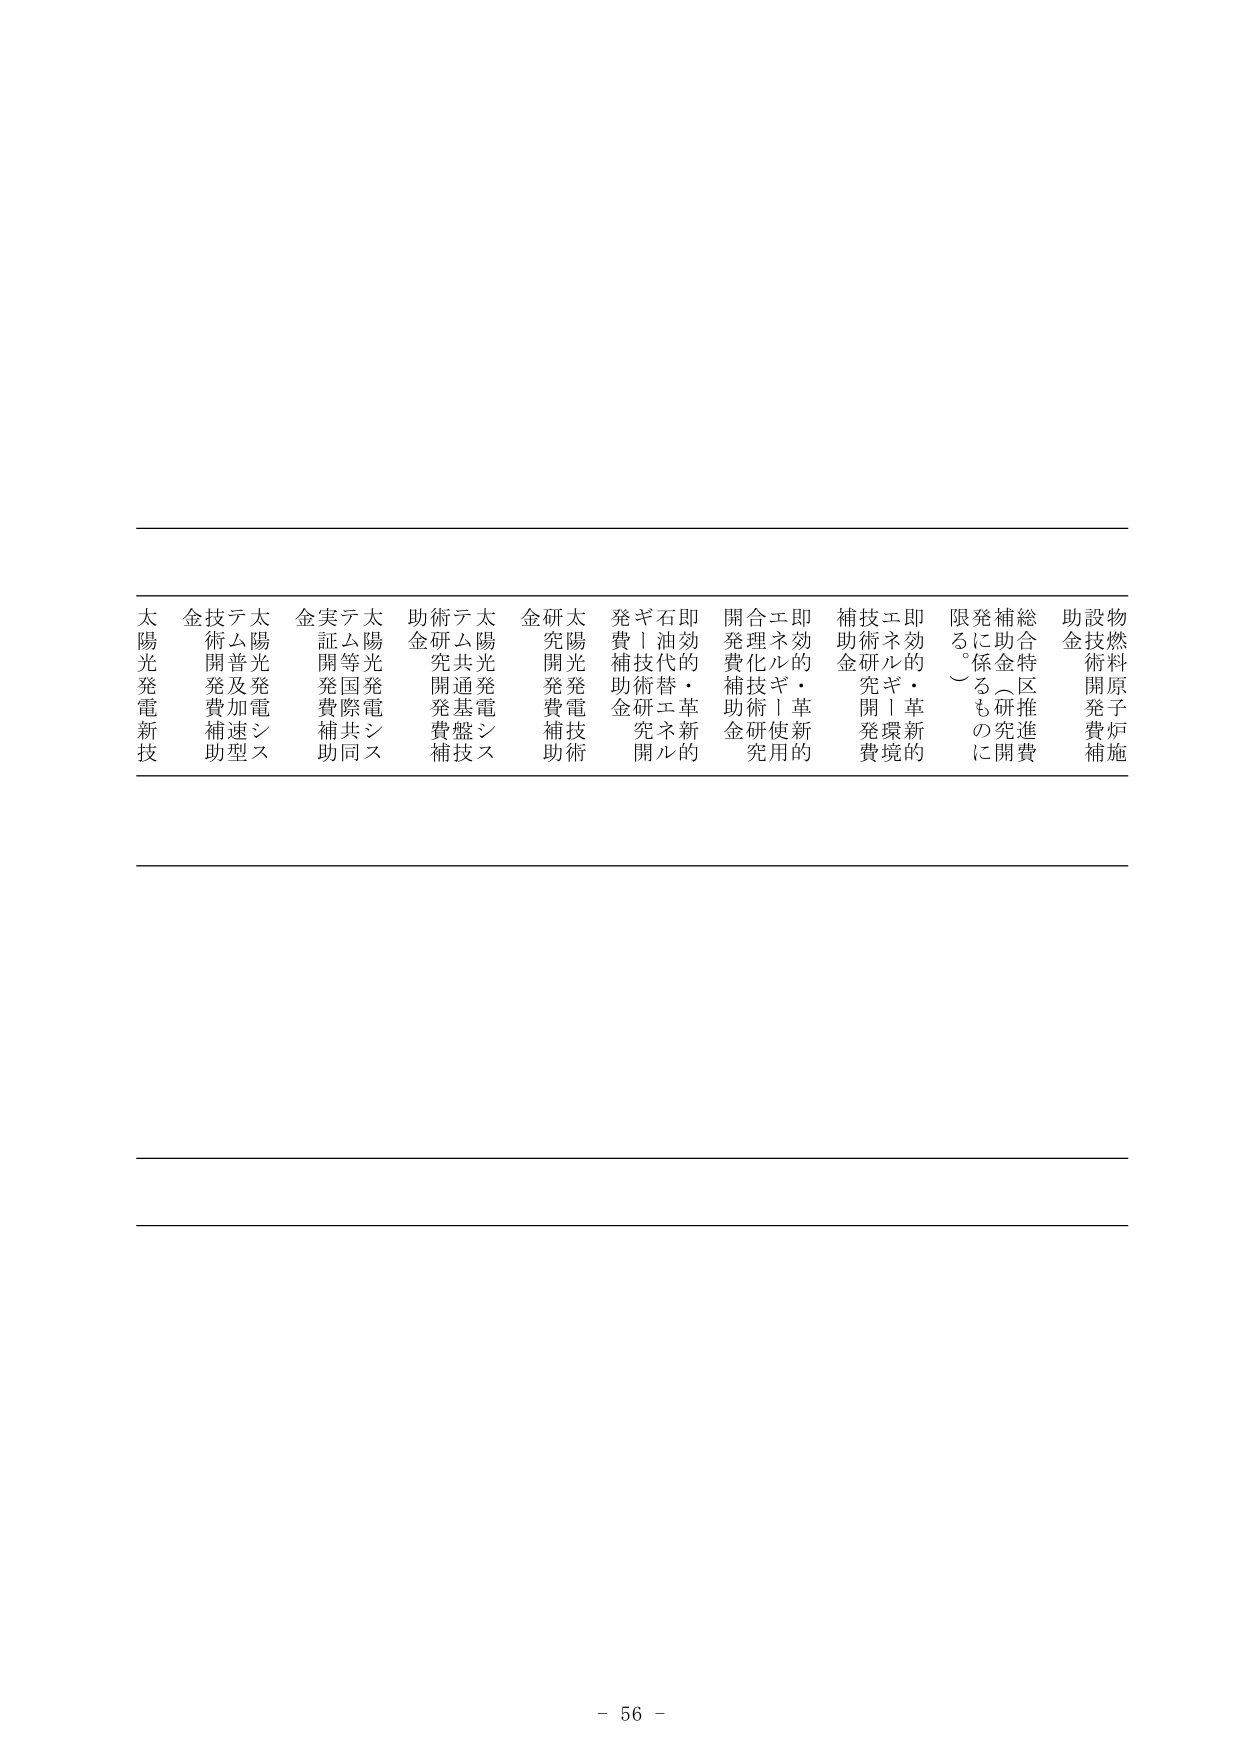
太陽光発電新技
金術開発費補助
テム普及加速型
太陽光発電システム
金実証開発費補助
テム等国際共同
太陽光発電システム
助金研究開発費補助
術共通基盤技術
太陽光発電システム
金研究開発費補助
太陽光発電技術
発費補助金研究開発
ギ！技術替研究開発
石油代替・エネルギーの
即効的・革新的
開発費補助金研究
合理化技術！使用の
エネルギー使用の
即効的・革新的
補助金技術開発費
技術研究！環境的
即効的・革新的
限る。係るもに
発補助金研究開発
総合特区推進費
助設金技術開発費補助
物燃料原料子炉施

- 56 -